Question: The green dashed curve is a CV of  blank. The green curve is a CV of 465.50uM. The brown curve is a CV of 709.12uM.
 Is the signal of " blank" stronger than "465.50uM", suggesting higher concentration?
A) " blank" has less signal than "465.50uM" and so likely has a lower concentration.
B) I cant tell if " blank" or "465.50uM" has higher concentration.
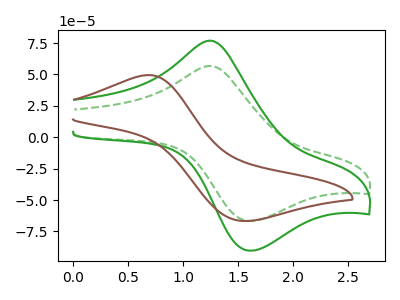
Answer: <think>The green dashed curve " blank" has an anodic peak at (1.25V, 56.75uA) and a cathodic peak at (1.60V, -66.70uA). The green curve "465.50uM" has an anodic peak at (1.25V, 76.80uA) and a cathodic peak at (1.60V, -90.30uA). The brown curve "709.12uM" has an anodic peak at (0.70V, 49.50uA) and a cathodic peak at (1.55V, -66.65uA).
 All the peaks in " blank" have a peak in "465.50uM" at the same potential. Every peak in " blank" is lower than every peak in "465.50uM".</think>
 <answer>A) " blank" has less signal than "465.50uM" and so likely has a lower concentration.</answer>
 <eval>A</eval>